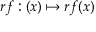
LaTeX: r f : ( x ) \mapsto r f ( x )